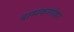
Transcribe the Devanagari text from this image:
बाष्पकणांवर